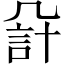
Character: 𧦔